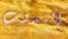
الندوب